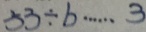
5 3 \div b \cdots 3